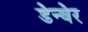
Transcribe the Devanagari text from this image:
डेन्वेर